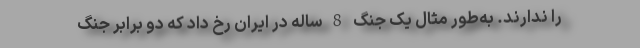
را ندارند. به‌طور مثال یک جنگ 8 ساله در ایران رخ داد که دو برابر جنگ